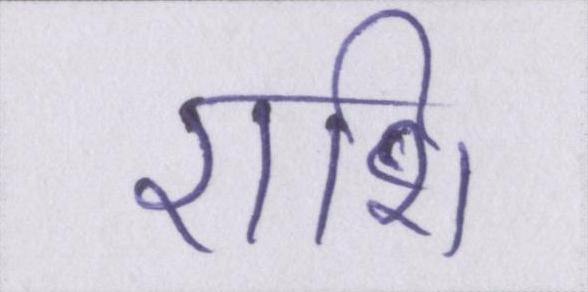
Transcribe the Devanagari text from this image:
राशि